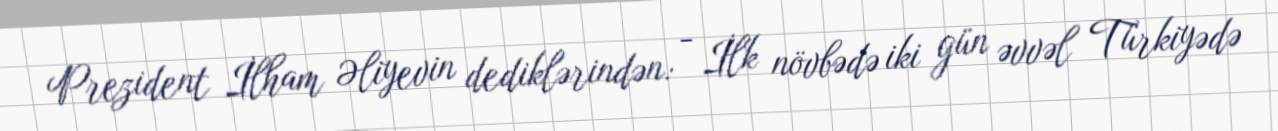
Prezident İlham Əliyevin dediklərindən: - İlk növbədə iki gün əvvəl Türkiyədə